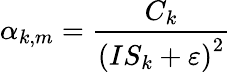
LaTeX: \alpha_{k,m}=\frac{C_{k}}{\left(IS_{k}+\varepsilon\right)^{2}}